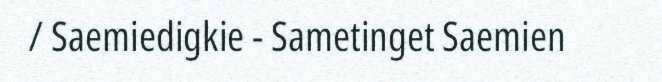
/ Saemiedigkie - Sametinget Saemien